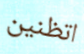
اتظنين